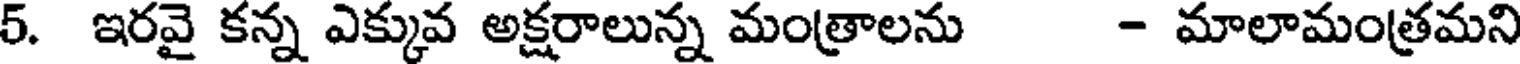
5. ఇరవై కన్న ఎక్కువ అక్షరాలున్న మంత్రాలను - మాలామంత్రమని